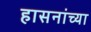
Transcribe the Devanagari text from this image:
हासनांच्या